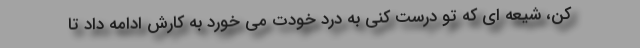
کن، شیعه ای که تو درست کنی به درد خودت می خورد به کارش ادامه داد تا